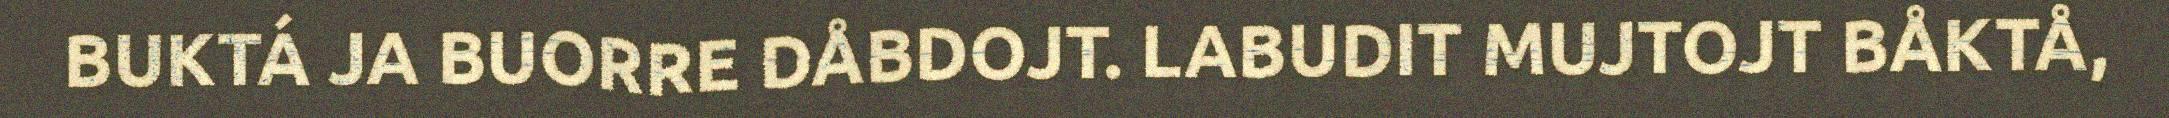
BUKTÁ JA BUORRE DÅBDOJT. LABUDIT MUJTOJT BÅKTÅ,